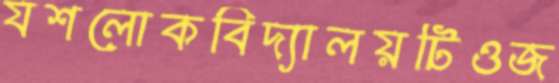
যশলোকবিদ্যালয়টিওজ